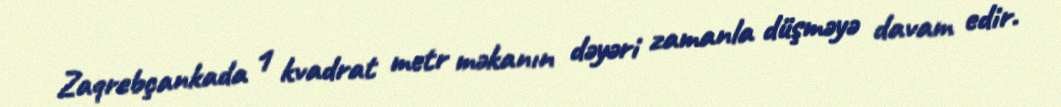
Zaqrebçankada 1 kvadrat metr məkanın dəyəri zamanla düşməyə davam edir.